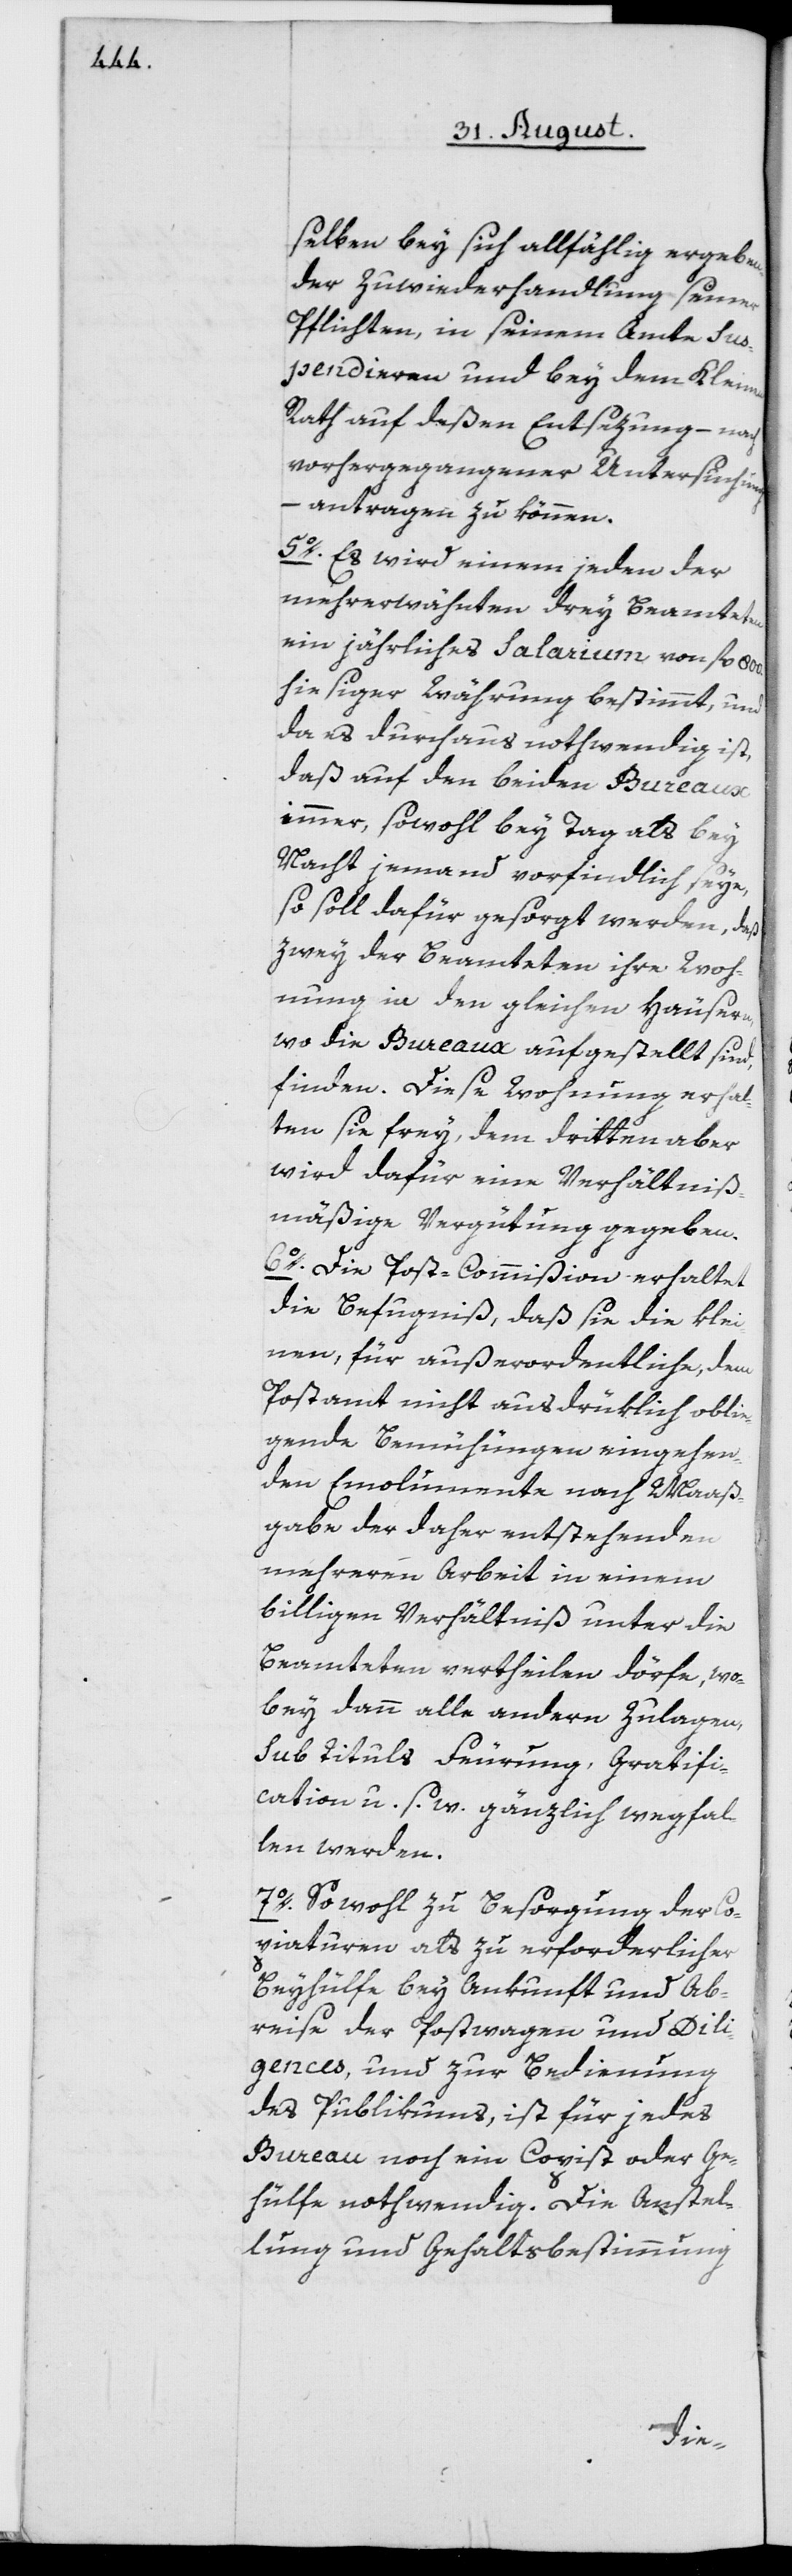
selben bey sich allfählig ergeben¬
der Zuwiederhandlung seiner
Pflichten, in seinem Amte Sus¬
pendieren und bey dem Kleinen
Rath auf deßen Entsezung – nach
vorhergegangener Untersuchung –
antragen zu können.
5o. Es wird einem jeden der
mehrerwähnten drey Beamteten
ein jährliches Salarium von fl. 800.
hiesiger Währung bestimmt, und
da es durchaus nothwendig ist,
daß auf den beiden Bureaux
immer, sowohl bey Tag als bey
Nacht jemand vorfindlich seye,
so soll dafür gesorgt werden, daß
zwey der Beamteten ihre Woh¬
nung in den gleichen Häusern,
wo die Bureaux aufgestellt sind,
finden. Diese Wohnung erhal¬
ten sie frey, dem dritten aber
wird dafür eine Verhältniß¬
mäßige Vergütung gegeben.
6o. Die Post-Commißion erhaltet
die Befugniß, daß sie die klei¬
nen, für außerordentliche, dem
Postamt nicht ausdrüklich oblie¬
gende Bemühungen eingehen¬
den Emolumente nach Maaß¬
gabe der daher entstehenden
mehreren Arbeit in einem
billigen Verhältniß unter die
Beamteten vertheilen dörfe, wo¬
bey dann alle andern Zulagen,
sub Tituls Feurung, Gratifi¬
cation u. s. w. gänzlich wegfal¬
len werden.
7o. So wohl zu Besorgung der Co¬
piaturen als zu erforderlicher
Beyhülfe bey Ankunft und Ab¬
reise der Postwagen und Dili¬
gences, und zur Bedienung
des Publikums, ist für jedes
Bureau noch ein Copist oder Ge¬
hülfe nothwendig. Die Anstel¬
lung und Gehaltsbestimmung